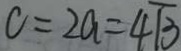
c = 2 a = 4 \sqrt { 3 }